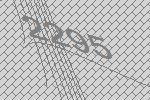
2295